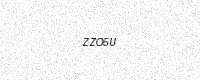
Text: ZZO5U